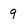
Character: 9